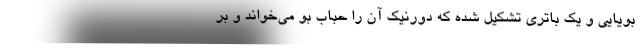
بویایی و یک باتری تشکیل شده که دورنیک آن را حباب بو می‌خواند و بر